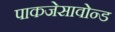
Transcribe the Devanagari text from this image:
पाकजेसावोन्ड